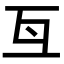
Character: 𠀕